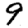
Digit: 9